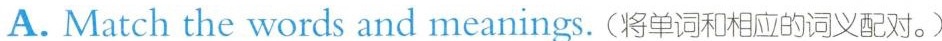
A. Match the words and meanings. (将单词和相应的词义配对。)